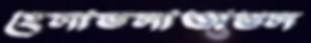
হেলাতলাঅশুল